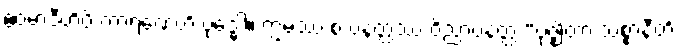
ဧဝမာဒီဟိပိ ကာရဏေဟိ ဗုဒ္ဓေါ။ ဣမဿ စ ပနတ္ထဿ ဝိညာပနတ္ထံ “ဗုဇ္ဈိတာ သစ္စာနီတိ